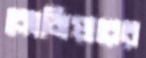
কোজিয়ারের